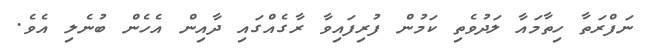
ނަފްރަތާ ހިތާމައާ ލަދުވެތި ކަމުން ފުރިފައިވާ ރާގެއްގައި ދާއިން އެހެން ބުނެލި އެވެ.